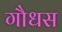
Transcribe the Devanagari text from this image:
गौधस